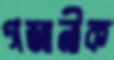
গজানীক